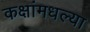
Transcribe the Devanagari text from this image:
कक्षांमधल्या